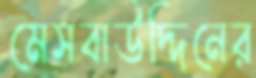
মেসবাউদ্দিনের